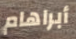
أبراهام